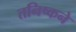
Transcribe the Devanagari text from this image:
तनिष्कने